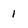
Character: 1